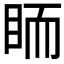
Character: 𥅡